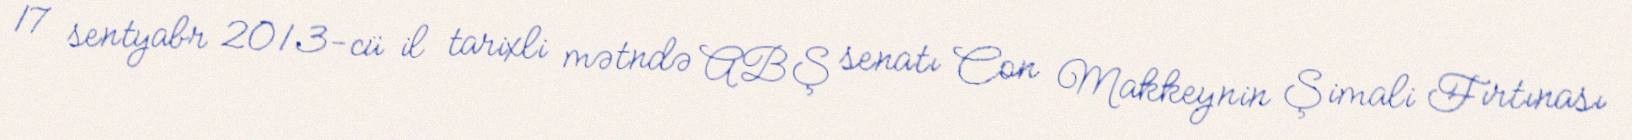
17 sentyabr 2013-cü il tarixli mətndə ABŞ senatı Con Makkeynin Şimali Fırtınası